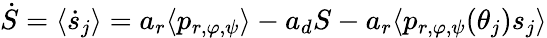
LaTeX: \dot{S}=\langle\dot{s}_{j}\rangle=a_{r}\langle p_{r,\varphi,\psi}\rangle-a_{d}S-a_{r}\langle p_{r,\varphi,\psi}(\theta_{j})s_{j}\rangle